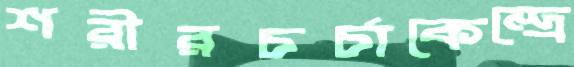
শরীরচর্চাকেন্দ্রে